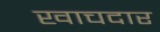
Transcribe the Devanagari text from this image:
खाचदार